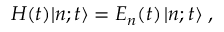
H ( t ) | n ; t \rangle = E _ { n } ( t ) \, | n ; t \rangle \; ,